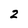
Character: 2